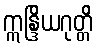
ဣန္ဒြိယဂုတ္တိ